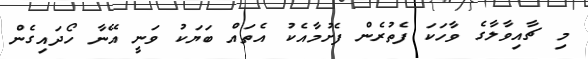
މި ޗާއިވާލާގެ ވާހަކަ ފެތުރެން ފެށުމާއެކު އެތައް ބަޔަކު ވަނީ އޭނާ ހޯދައިގެން